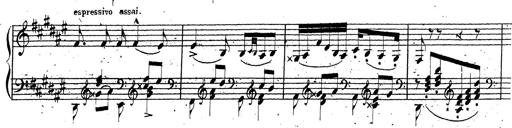
Title: Canzone Napolitana
Composer: Franz Liszt